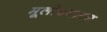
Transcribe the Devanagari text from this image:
मूलोदघाटन